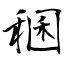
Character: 稛